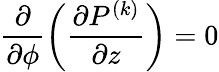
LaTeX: \displaystyle\frac{\partial}{\partial\phi}\left(\frac{\partial P^{(k)}}{\partial z}\right)=0